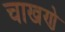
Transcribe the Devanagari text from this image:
चाखणे